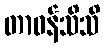
တာဝန်သိသိ